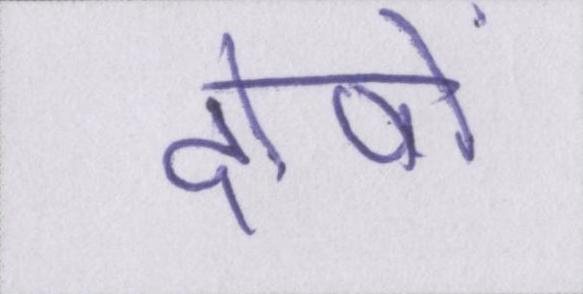
दोषों